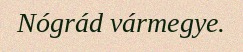
Nógrád vármegye.